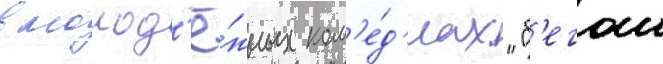
в молод'ё́жных ком'е́д'иах "б'егом